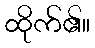
ထိုက်၏။